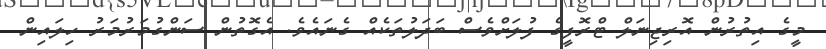
މީގެ އިތުރުން އޮރިޖިނަލް ޓްރޮފީގެ ފުލަށްވެސް ބަދަލުތަކެއް ގެނައެވެ. އެގޮތުން ސަންގުމަރުމަރު ހިލައިން